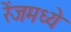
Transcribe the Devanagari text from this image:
रेंजमध्ये